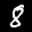
Label: 8